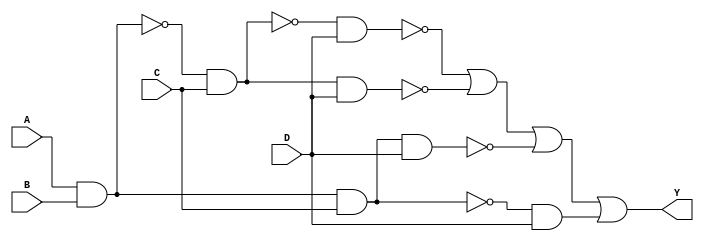
module PrimeImplicantCLB (
    input wire A,      // Input variable A
    input wire B,      // Input variable B
    input wire C,      // Input variable C
    input wire D,      // Input variable D
    output wire Y      // Output of the logic function
);

// Define the minterms for the desired function
// For example, let's say we want to implement the function for minterms 1, 3, 7, 11
// Minterms: 1 (0001), 3 (0011), 7 (0111), 11 (1011)
wire m1 = A ~& B ~& C ~& D; // minterm 1
wire m3 = A ~& B & C ~& D;  // minterm 3
wire m7 = A & B & C ~& D;   // minterm 7
wire m11 = A & B ~& C & D;  // minterm 11

// Generate the prime implicants
// For simplicity, let's assume we have identified the essential prime implicants
// Here we will use a simple OR combination of the minterms
assign Y = m1 | m3 | m7 | m11;

endmodule